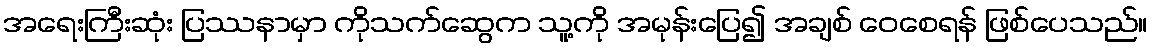
အရေးကြီးဆုံး ပြဿနာမှာ ကိုသက်ဆွေက သူ့ကို အမုန်းပြေ၍ အချစ် ဝေစေရန် ဖြစ်ပေသည်။